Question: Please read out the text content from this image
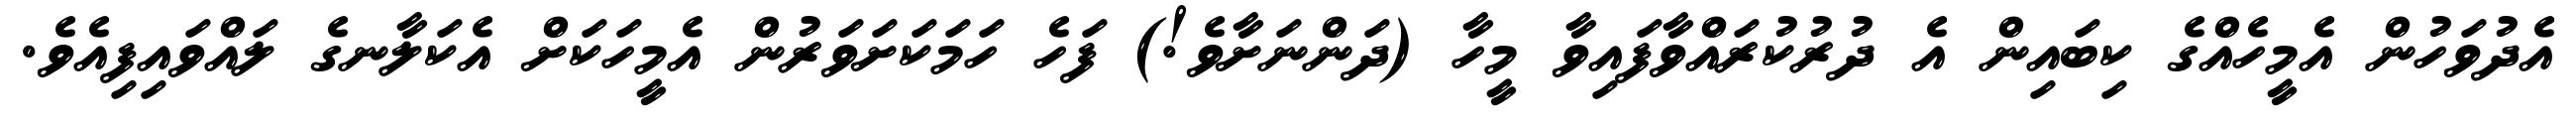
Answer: އެދުވަހުން އެމީހެއްގެ ކިބައިން އެ ދުރުކުރައްވާފައިވާ މީހާ (ދަންނަށާވެ!) ފަހެ ހަމަކަށަވަރުން އެމީހަކަށް އެކަލާނގެ ލައްވައިފިއެވެ.